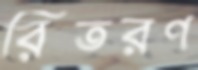
রিতরণ